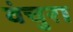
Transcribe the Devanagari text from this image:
वंचुरा